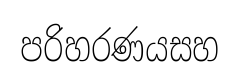
පරිහරණයසහ